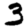
Digit: 3